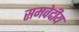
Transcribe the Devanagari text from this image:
समवेदीय